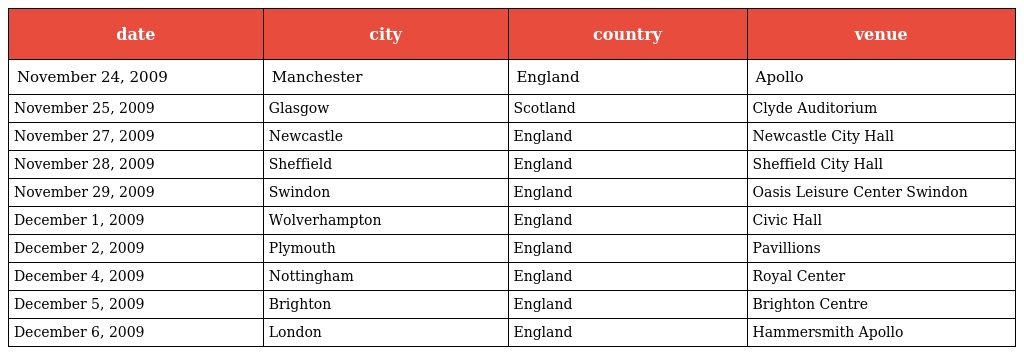
| date | city | country | venue |
 | --- | --- | --- | --- |
 | November 24, 2009 | Manchester | England | Apollo |
 | November 25, 2009 | Glasgow | Scotland | Clyde Auditorium |
 | November 27, 2009 | Newcastle | England | Newcastle City Hall |
 | November 28, 2009 | Sheffield | England | Sheffield City Hall |
 | November 29, 2009 | Swindon | England | Oasis Leisure Center Swindon |
 | December 1, 2009 | Wolverhampton | England | Civic Hall |
 | December 2, 2009 | Plymouth | England | Pavillions |
 | December 4, 2009 | Nottingham | England | Royal Center |
 | December 5, 2009 | Brighton | England | Brighton Centre |
 | December 6, 2009 | London | England | Hammersmith Apollo |